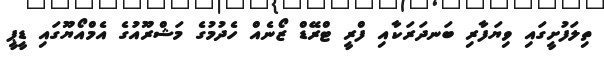
ތިލަފުށީގައި ވިޔަފާރި ބަނދަރަކާއި ފްރީ ޓްރޭޑް ޒޯނެއް ހެދުމުގެ މަޝްރޫއުގެ އެމްއޯޔޫގައި ޑީޕީ